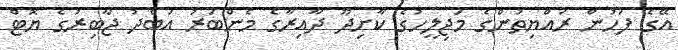
އޭގެ ފަހުން ރައްޔިތުންގެ މަޖިލީހުގެ ކާށިދޫ ދާއިރާގެ މެންބަރު އަބްދު ޖާބިރުގެ ޔޮޓް